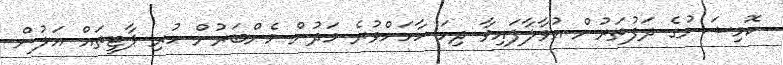
ކޮމިޝަނުގެ ދަފުތަރުން އުވާލާފައިވާ ދިހަ ހާހަށްވުރެ މަދުން މެންބަރުން ހުރި ޕާޓީތައް އަލުން